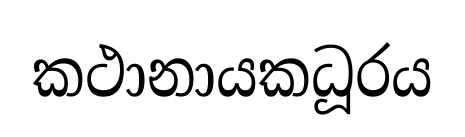
කථානායකධූරය